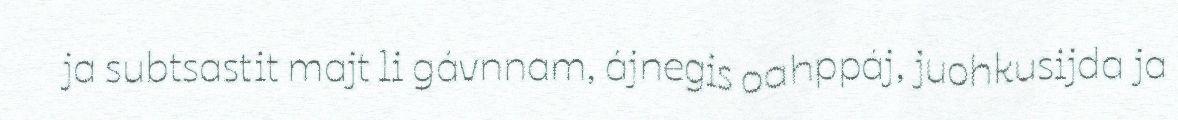
ja subtsastit majt li gávnnam, ájnegis oahppáj, juohkusijda ja